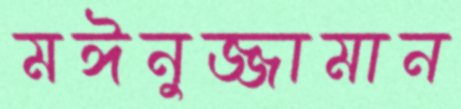
মঈনুজ্জামান